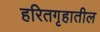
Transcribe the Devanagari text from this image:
हरितगृहातील